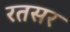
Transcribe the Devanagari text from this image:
रतसर